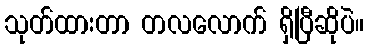
သုတ်ထားတာ တလလောက် ရှိပြီဆိုပဲ။